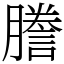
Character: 謄